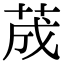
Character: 荿